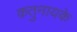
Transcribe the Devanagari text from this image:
कतुनायके